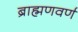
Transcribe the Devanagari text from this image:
ब्राह्मणवर्ण